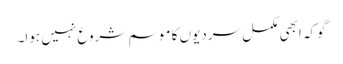
گوکہ ابھی مکمل سردیوں کا موسم شروع نہیں ہوا۔